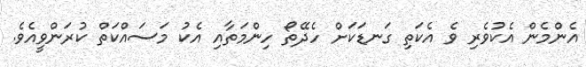
އެންމެން އެކުވެރި ވެ އެކަތި ގަނޑަކަށް ހެދޭތޯ ހިންމަތާއި އެކު މަސައްކަތް ކުރަންވީއެވެ.